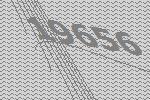
19656